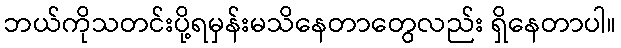
ဘယ်ကိုသတင်းပို့ရမှန်းမသိနေတာတွေလည်း ရှိနေတာပါ။